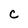
Character: c